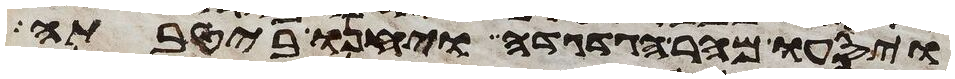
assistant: ויסעו מהר הגדגדה ויחנו ביטבתה